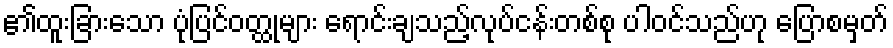
၏ထူးခြားသော ပုံပြင်ဝတ္ထုများ ရောင်းချသည့်လုပ်ငန်းတစ်စု ပါဝင်သည်ဟု ပြောစမှတ်